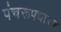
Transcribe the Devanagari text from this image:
पंचरूपधारण